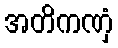
အတိကဏှံ